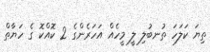
ތިޔަ ކަލަހަ ތުނބުލި ލީ މީހެއް އަހަރެންގެ 2 ކޮއްކޮ ގެ ހަޔާތް